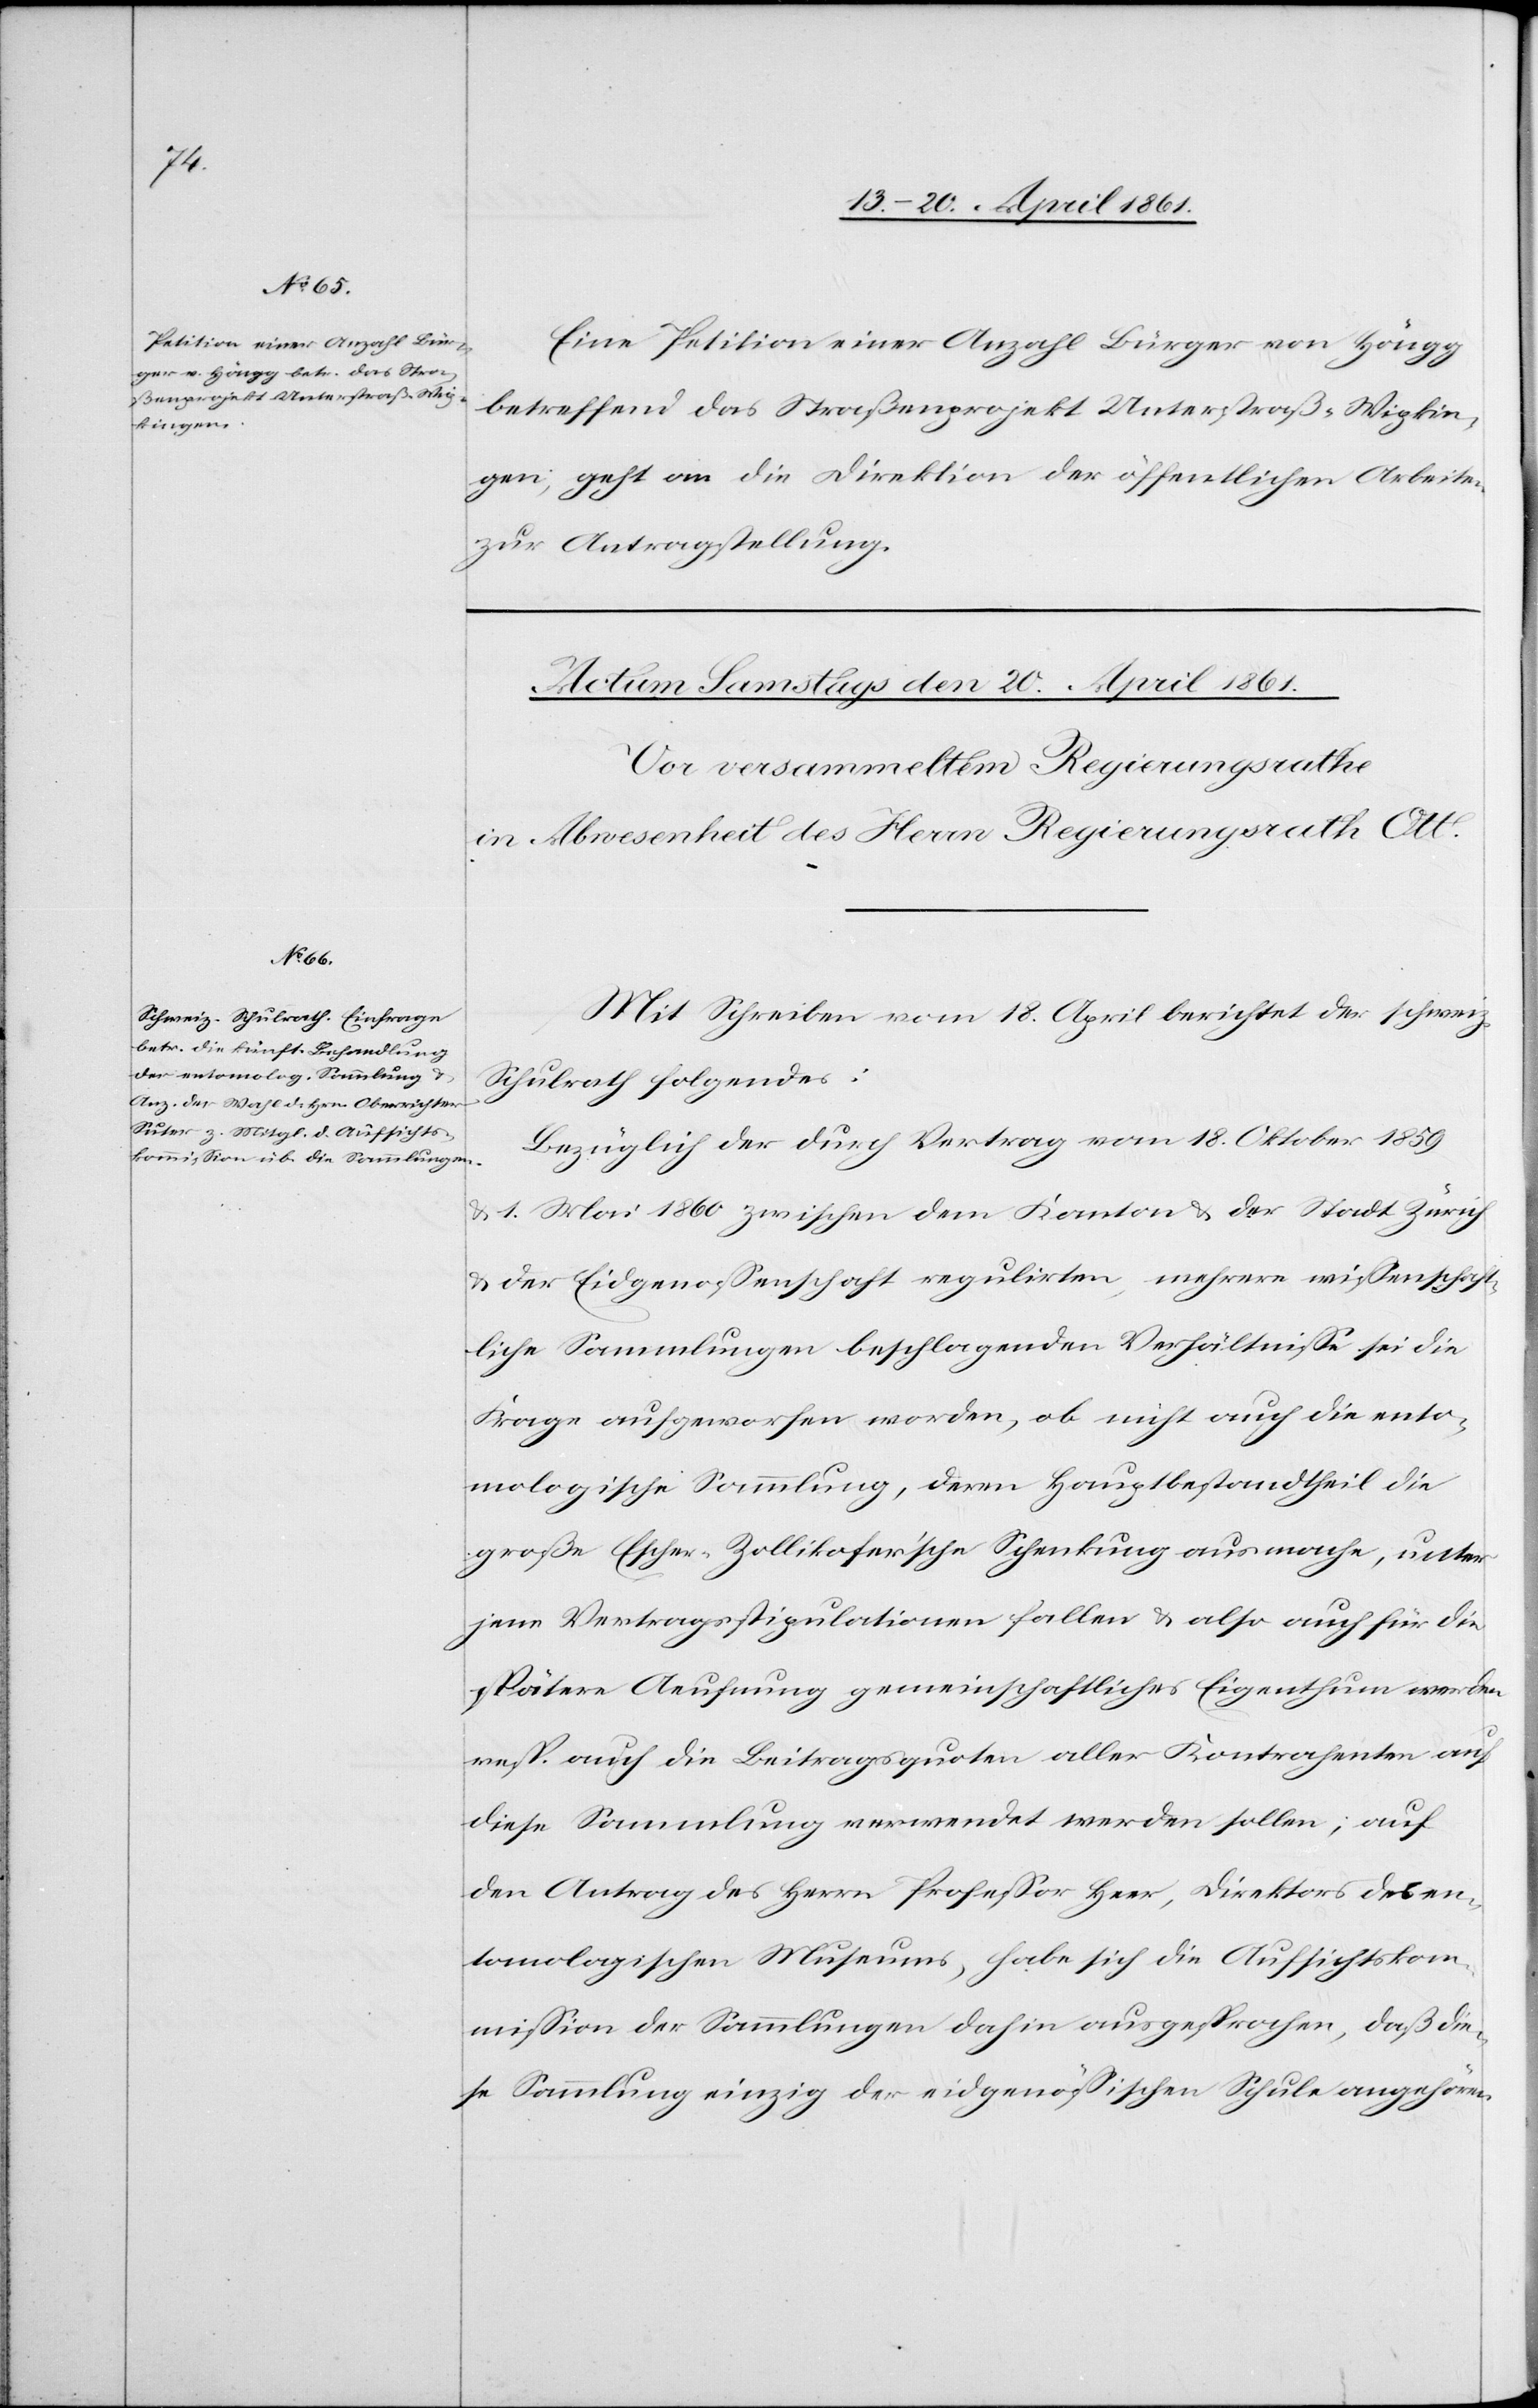
19. April 1861.]
Eine Petition einer Anzahl Bürger von Höngg
betreffend das Straßenprojekt Unterstraß-Wipkin¬
gen, geht an die Direktion der öffentlichen Arbeiten
zur Antragstellung.
Mit Schreiben vom 18. April berichtet der schweiz.
Schulrath folgendes:
Bezüglich der durch Vertrag vom 18. Oktober 1859
u. 1. Mai 1860 zwischen dem Kanton u. der Stadt Zürich
u. der Eidgenossenschaft regulirten, mehrere wissenschaft¬
liche Sammlungen beschlagenden Verhältnisse sei die
Frage aufgeworfen worden, ob nicht auch die ento¬
mologische Sammlung, deren Hauptbestandtheil die
große Escher-Zollikofer’sche Schenkung ausmache, unter
jene Vertragstipulationen fallen u. also auch für die
spätere Aeufnung gemeinschaftliches Eigenthum werden
resp. auch die Beitragsquoten aller Kontrahenten auf
diese Sammlung verwendet werden sollen; auf
den Antrag des Herrn Professor Heer, Direktors des en¬
tomologischen Museums, habe sich die Aufsichtskom¬
mission der Sammlungen dahin ausgesprochen, daß die¬
se Sammlung einzig der eidgenössischen Schule angehöre